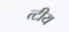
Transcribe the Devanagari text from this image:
त्टीय